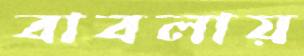
বাবলায়